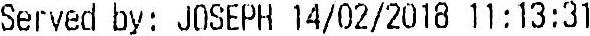
SERVED BY: JOSEPH 14/02/2018 11:13:31